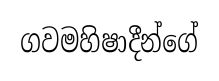
ගවමහිෂාදීන්ගේ